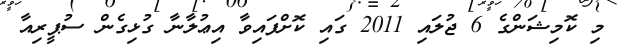
މި ކޮމިޝަންގެ 6 ޖުލައި 2011 ގައި ކޮށްފައިވާ އިޢުލާނާ ގުޅިގެން ސުޕީރިއާ